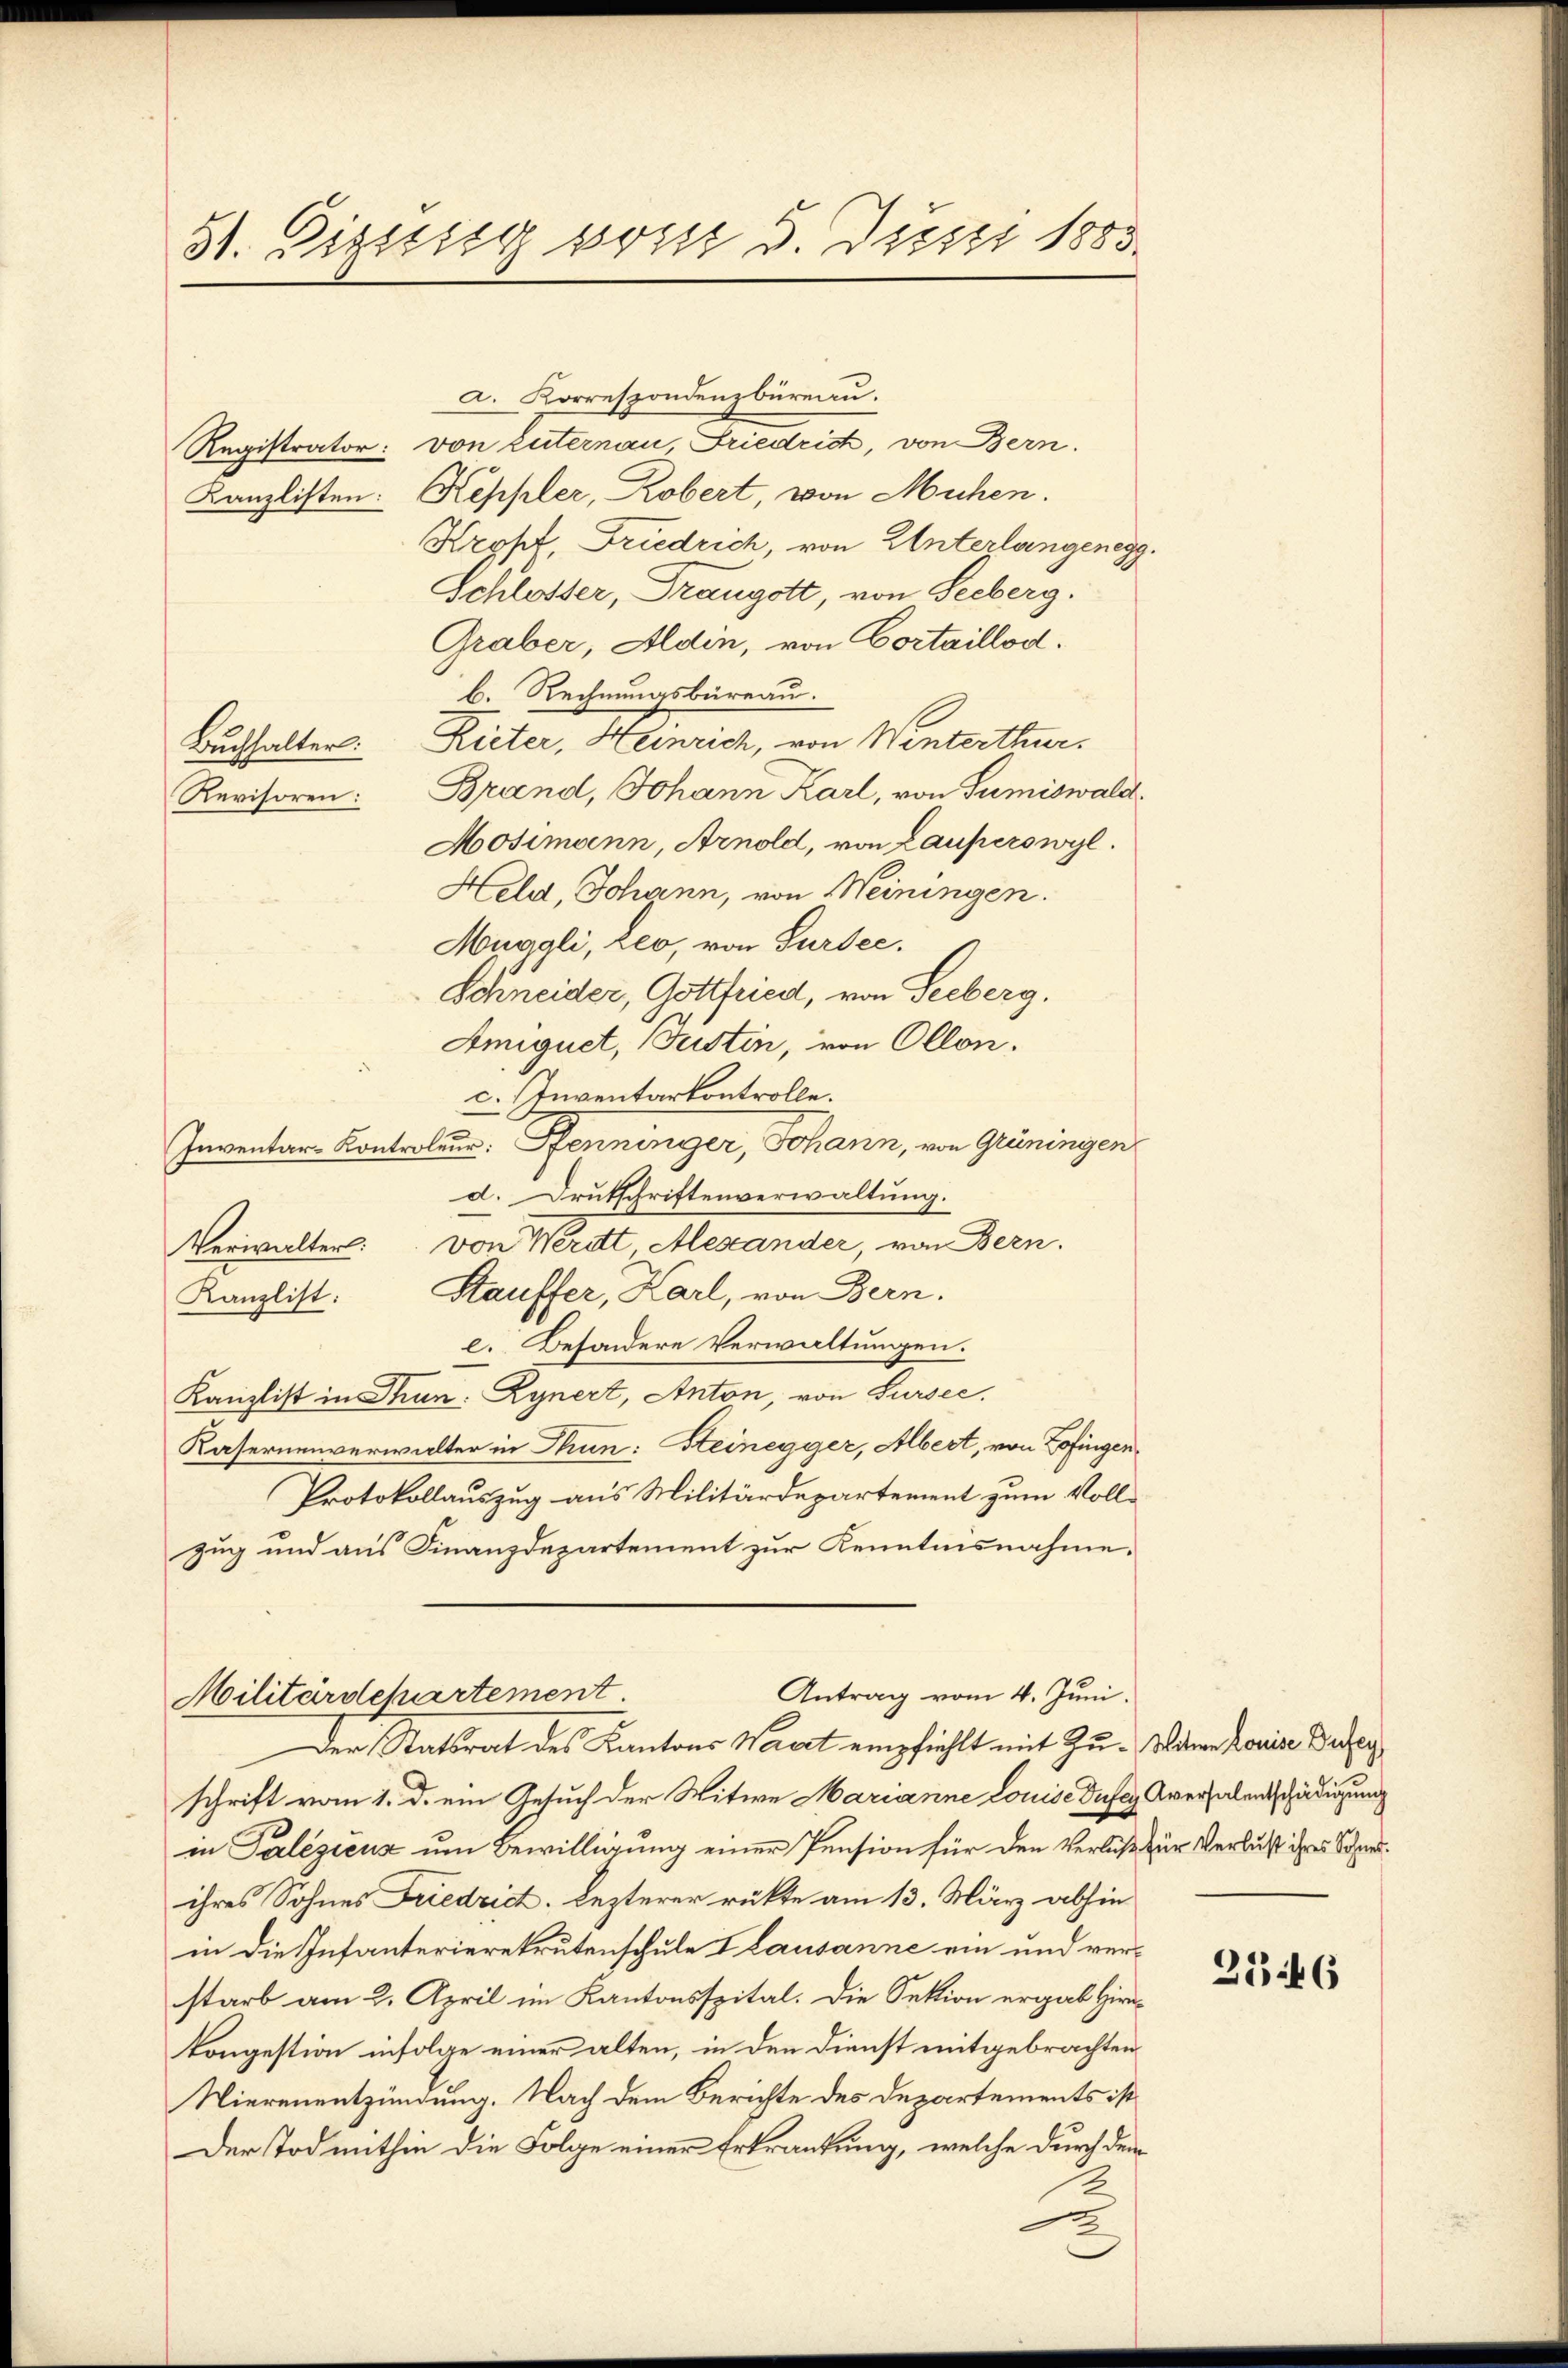
31. Digisis post 3. Justi 1883.

A. Korrespondenzbüreau.
Registrator: von Zuternau, Friedrich, von Bern.
Kanzlisten: Keppler, Robert, von Mühen.
Kropt Friedrich, von Unterlangenegg.
Schlosser, Drangott, von Seeberg.
Graber, Aldin, von Cortaillod.
b. Rechnungsbureau.
Buchhalter. Rieter, Heinrich, von Winterthur.
Brand, Johann Karl, von Sumiswald.
Revisoren:
Hosimann, Arnold, von Lauperswyl.
Held, Johann, von Meiningen.
Muggli, Leo, von Sursee.
Schneider, Gottfried, von Seeberg.
Amiquet, Justin, von Ollon.
c. Inventarkontrolle.
Inventar-Kontroler: Pfenninger, Johann, von Grüningen
d. Drutschriftenverwaltung.
Verwalter von Meritt Alexander, von Bern.
Stauffer, Karl, von Bern.
Kanzlist:
c. Besondere Verwaltungen.
Kanzlist in Thun: Rynert, Anton, von Sursee.
Kasernenverwalter in Thun: Steinegger, Albert, von Zofingen¬
Protokollauszug aus Militärdepartement zum Vollzug und aus Finanzdepartement zur Kenntnisnahme.

Antrag vom 4. Juni.
Militärdepartement
Der Statsrat des Kantons Wacet empfiehlt mit Zu- Waren Louise Beden

schrift vom 1. d. ein Gesuch der Witwe Marianne Louise Dufey Aversalenädigung
in Palezicus um Bewilligung einer Pension für den Verluß zur Verlust ihres Schneiihres Sohnes Friedrict. Lezterer rükte am 13. März abhin
in die Infanterierekrutenschule I Lausanne ein und verstarb am 2. April im Kantonsspital. Die Sektion ergab Hirkongestion infolge einer alten, in den Dienst mitgebrachten
Nierenentzündung. Nach dem Berichte des Departements ist
Der Tod mithin die Folge einer Erkrankung, welche durch dem
2

2546